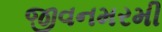
જીવનમરમી